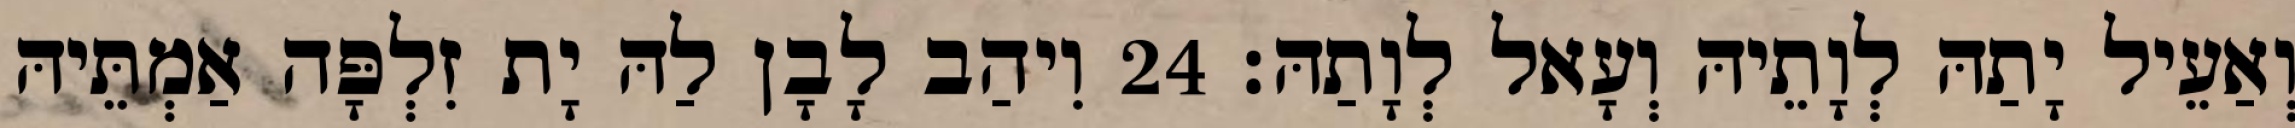
וְאַעֵיל יָתַהּ לְוָתֵיהּ וְעָאל לְוָתַהּ׃ 24 וִיהַב לָבָן לַהּ יָת זִלְפָּה אַמְתֵּיהּ